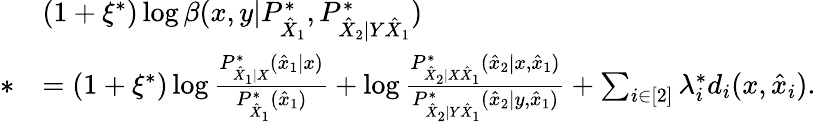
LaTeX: \begin{array}{rl}&{(1+\xi^{*})\log\beta(x,y|P_{\hat{X}_{1}}^{*},P_{\hat{X}_{2}|Y\hat{X}_{1}}^{*})}\\ {*}&{=(1+\xi^{*})\log\frac{P_{\hat{X}_{1}|X}^{*}(\hat{x}_{1}|x)}{P_{\hat{X}_{1}}^{*}(\hat{x}_{1})}+\log\frac{P_{\hat{X}_{2}|X\hat{X}_{1}}^{*}(\hat{x}_{2}|x,\hat{x}_{1})}{P_{\hat{X}_{2}|Y\hat{X}_{1}}^{*}(\hat{x}_{2}|y,\hat{x}_{1})}+\sum_{i\in[2]}\lambda_{i}^{*}d_{i}(x,\hat{x}_{i}).}\end{array}